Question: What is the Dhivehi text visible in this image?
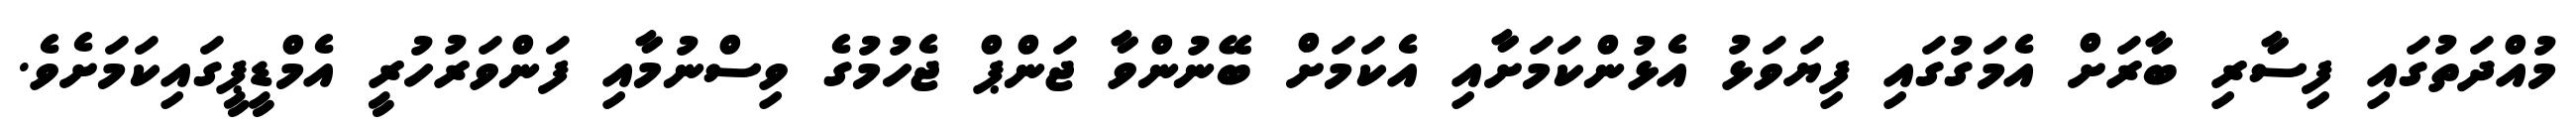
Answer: މުއްދަތުގައި ފިސާރި ބާރަށް އެމަގުގައި ފިޔަވަޅު އެޅުންކަމަށާއި އެކަމަށް ބޭނުންވާ ޖަންޕް ޖެހުމުގެ ވިސްނުމާއި ފަންވަރުހުރީ އެމްޑީޕީގައިކަމަށެވެ.